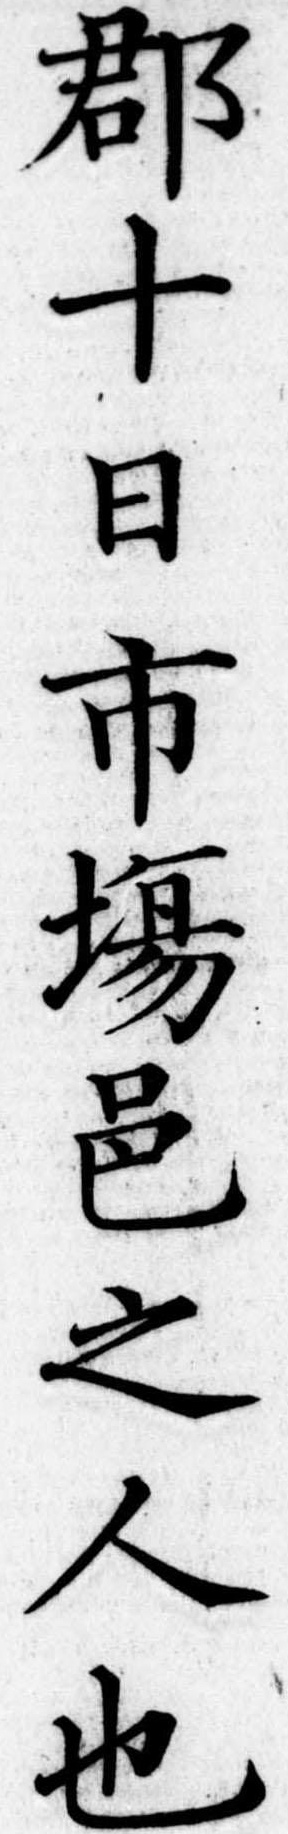
郡十日市場邑之人也